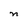
Character: n